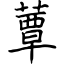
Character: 蕈